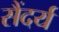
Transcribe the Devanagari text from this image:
सैंदर्य